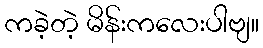
ကခဲ့တဲ့ မိန်းကလေးပါဗျ။